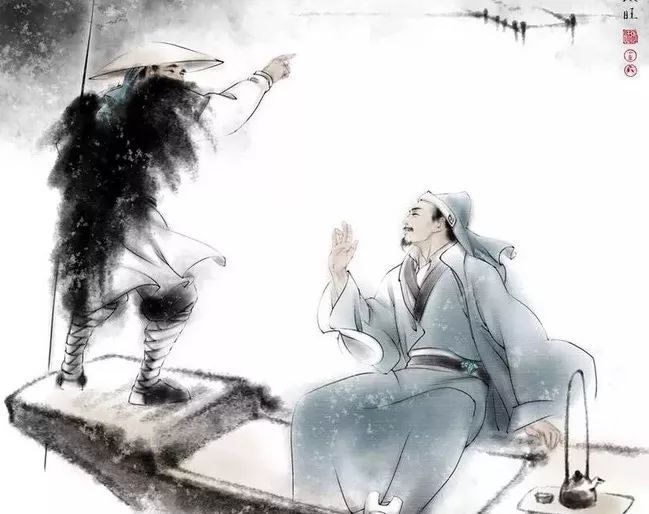
入则无法家拂士，出则无敌国外患者，国恒亡。